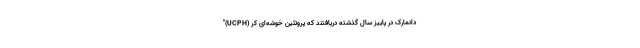
"(UCPH) دانمارک در پاییز سال گذشته دریافتند که پروتئین خوشه‌ای کر